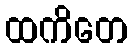
ထကိတေ